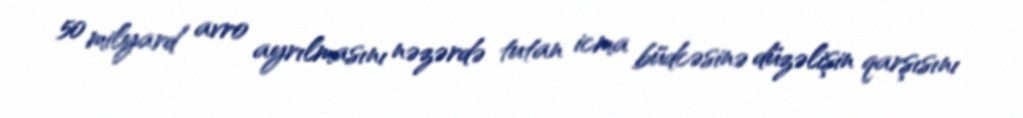
50 milyard avro ayrılmasını nəzərdə tutan icma büdcəsinə düzəlişin qarşısını